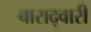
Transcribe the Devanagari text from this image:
बाराद्वारी